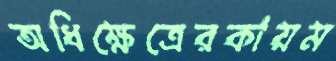
অধিক্ষেত্রেরকায়ম